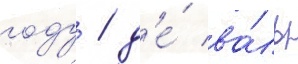
году / д'е́ ва́ль